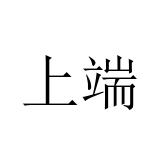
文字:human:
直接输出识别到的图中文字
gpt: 上端